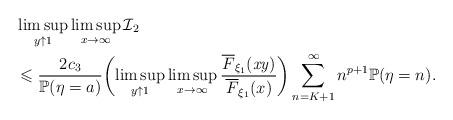
LaTeX: \begin{align*}&\limsup_{y\uparrow1}\limsup_{x\to\infty}\mathcal {I}_2\\&\leqslant \frac{2c_3}{\mathbb{P}(\eta=a)} \biggl(\limsup_{y\uparrow1}\limsup_{x\to\infty}\frac{\overline{F}_{\xi_1}(\mathit{xy})}{\overline{F}_{\xi_1}(x)} \biggr)\sum\limits_{n=K+1}^{\infty}n^{p+1}\mathbb{P}(\eta=n).\end{align*}